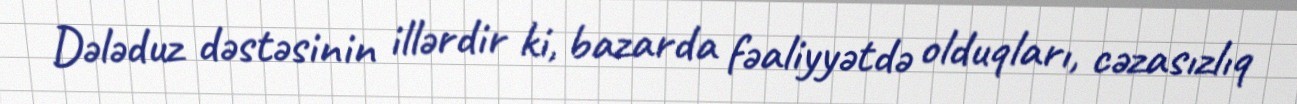
Dələduz dəstəsinin illərdir ki, bazarda fəaliyyətdə olduqları, cəzasızlıq